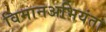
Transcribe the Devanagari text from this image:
विमानअभियंता